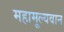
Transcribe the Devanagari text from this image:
महामूल्यवान